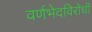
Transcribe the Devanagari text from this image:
वर्णभेदविरोधी